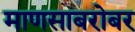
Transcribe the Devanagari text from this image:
माणसाबरोबर